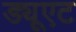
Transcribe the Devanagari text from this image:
ड्यूएट